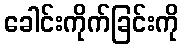
ခေါင်းကိုက်ခြင်းကို